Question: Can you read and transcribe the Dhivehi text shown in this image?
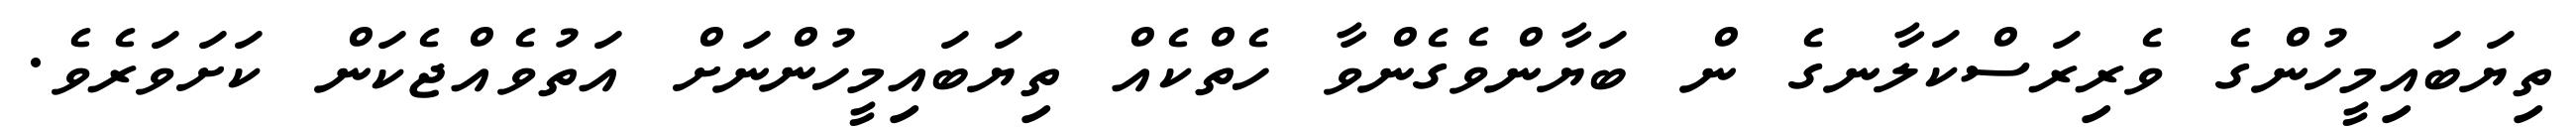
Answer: ތިޔަބައިމީހުންގެ ވެރިރަސްކަލާނގެ ން ބަޔާންވެގެންވާ ހެތްކެއް ތިޔަބައިމީހުންނަށް އަތުވެއްޖެކަން ކަށަވަރެވެ.